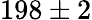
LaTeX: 198\pm 2